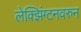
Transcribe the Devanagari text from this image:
लेक्झिंग्टनवरुन